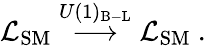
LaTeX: {\cal{L}}_{\mathrm{SM}}\stackrel{U(1)_{\mathrm{B-L}}}{\longrightarrow}{\cal{L}}_{\mathrm{SM}}~.